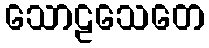
သောဠသေတေ